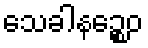
သေခါနဉ္စေဝ